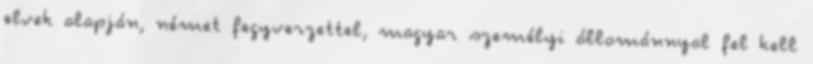
elvek alapján, német fegyverzettel, magyar személyi állománnyal fel kell